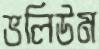
ভলিউম